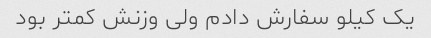
یک کیلو سفارش دادم ولی وزنش کمتر بود